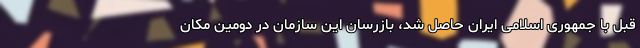
قبل با جمهوری اسلامی ایران حاصل شد، بازرسان این سازمان در دومین مکان